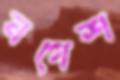
নগেশ